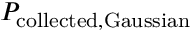
P _ { \mathrm { c o l l e c t e d , G a u s s i a n } }